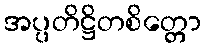
အပ္ပတိဋ္ဌိတစိတ္တော